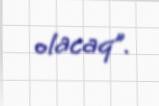
olacaq”.